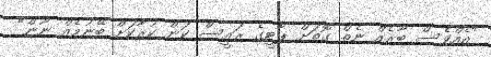
"އެއްވެސް ބާރެއް ނެތް ގޮތަށް ޕާޓީގެ ރައީސް ކަން ކުރާކަށް ބޭނުމެއް ނޫން"